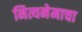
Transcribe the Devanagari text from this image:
नित्यनेमाचा